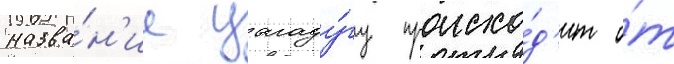
назва́н'ие уагаду́гу происхо́д'ит о́т